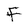
Character: F